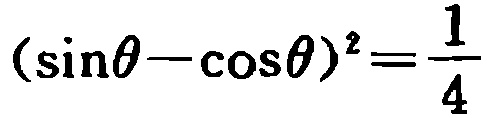
$(\sin\theta-\cos\theta)^{2}=\frac{1}{4}$